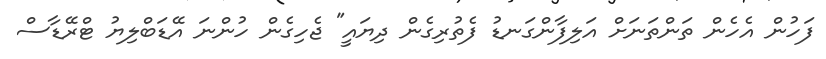
ފަހުން އެހެން ތަންތަނަށް އަލިފާންގަނޑު ފެތުރިގެން ދިޔައީ" ޖެހިގެން ހުންނަ އޭޑަބްލިޔު ޓްރޭޑާސް